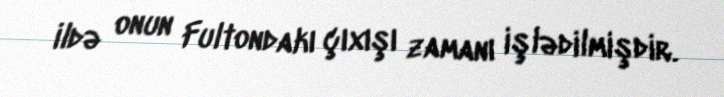
ildə onun Fultondakı çıxışı zamanı işlədilmişdir.